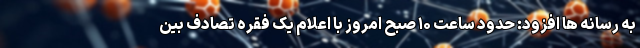
به رسانه ها افزود: حدود ساعت ۱۰ صبح امروز با اعلام یک فقره تصادف بین